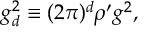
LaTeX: g _ { d } ^ { 2 } \equiv ( 2 \pi ) ^ { d } \rho ^ { \prime } g ^ { 2 } ,